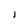
Character: L